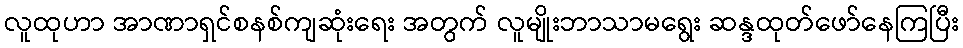
လူထုဟာ အာဏာရှင်စနစ်ကျဆုံးရေး အတွက် လူမျိုးဘာသာမရွေး ဆန္ဒထုတ်ဖော်နေကြပြီး